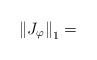
\begin{align*}\left\| J_{\varphi} \right\|_{1}=\end{align*}